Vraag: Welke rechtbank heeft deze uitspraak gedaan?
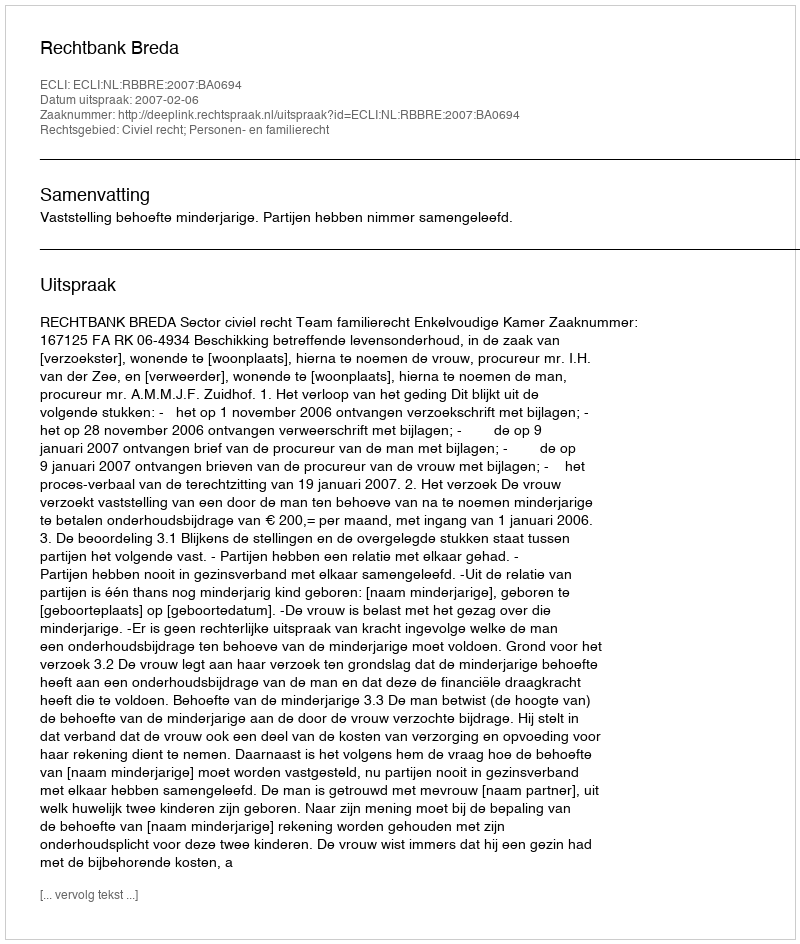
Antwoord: Rechtbank Breda